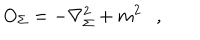
LaTeX: O _ { \Sigma } = - \nabla _ { \Sigma } ^ { 2 } + m ^ { 2 } ,